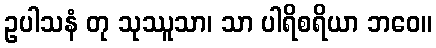
ဥပါသနံ တု သုဿူသာ၊ သာ ပါရိစရိယာ ဘဝေ။